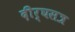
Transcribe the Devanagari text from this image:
दीर्घसत्र